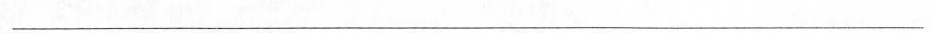
___